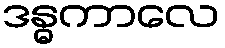
ဒန္ဓကာလေ